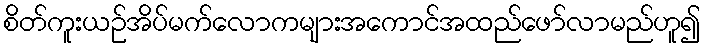
စိတ်ကူးယဉ်အိပ်မက်လောကများအကောင်အထည်ဖော်လာမည်ဟူ၍